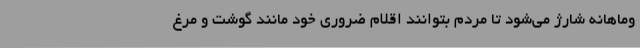
وماهانه شارژ می‌شود تا مردم بتوانند اقلام ضروری خود مانند گوشت و مرغ